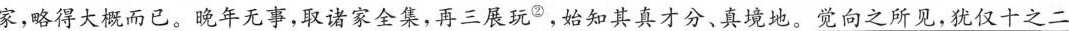
家，略得大概而已。晚年无事，取诸家全集，再三展玩^{2}，始知其真才分、真镜地。\underline{觉向之所见，犹仅十之二}